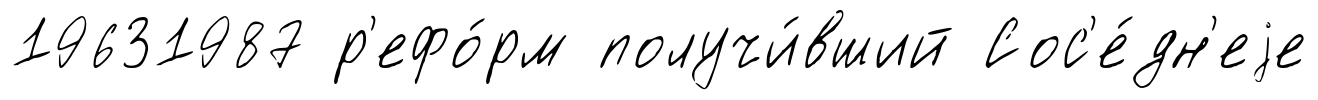
19631987 р'ефо́рм получи́вший Сос'е́дн'еjе